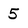
Character: 5